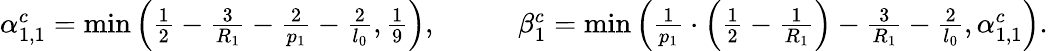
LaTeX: \begin{array}{rlrl}{\alpha_{1,1}^{c}=\operatorname*{min}\left(\frac{1}{2}-\frac{3}{R_{1}}-\frac{2}{p_{1}}-\frac{2}{l_{0}},\frac{1}{9}\right),}&{}&&{\beta_{1}^{c}=\operatorname*{min}\left(\frac{1}{p_{1}}\cdot\left(\frac{1}{2}-\frac{1}{R_{1}}\right)-\frac{3}{R_{1}}-\frac{2}{l_{0}},\alpha_{1,1}^{c}\right).}\end{array}